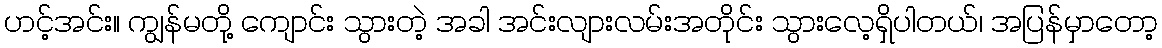
ဟင့်အင်း။ ကျွန်မတို့ ကျောင်း သွားတဲ့ အခါ အင်းလျားလမ်းအတိုင်း သွားလေ့ရှိပါတယ်၊ အပြန်မှာတော့